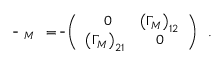
\overline { { { \bf \Psi } } } \, { \bf \Gamma } _ { M } \, { \bf \Psi } = \overline { { { \bf \Psi } } } \left( \begin{array} { c c } { { \ 0 } } & { { \left( { \Gamma _ { M } } \right) _ { 1 2 } } } \\ { { \left( { \Gamma _ { M } } \right) _ { 2 1 } } } & { { 0 } } \end{array} \right) { \bf \Psi } \; .